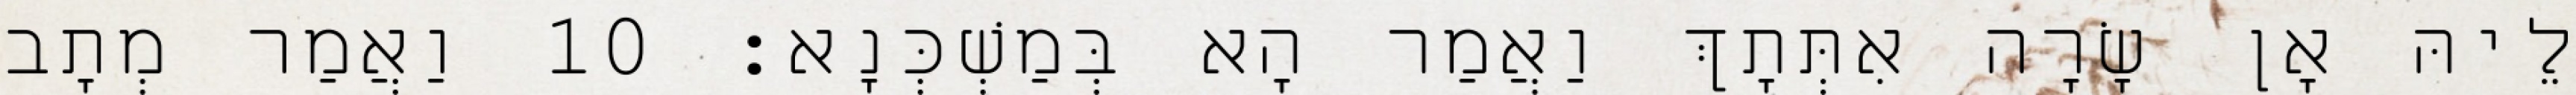
לֵיהּ אָן שָׂרָה אִתְּתָךְ וַאֲמַר הָא בְּמַשְׁכְּנָא׃ 10 וַאֲמַר מְתָב